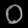
Digit: ၀